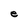
Character: e